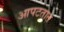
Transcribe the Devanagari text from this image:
आपटतात